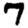
Digit: 7